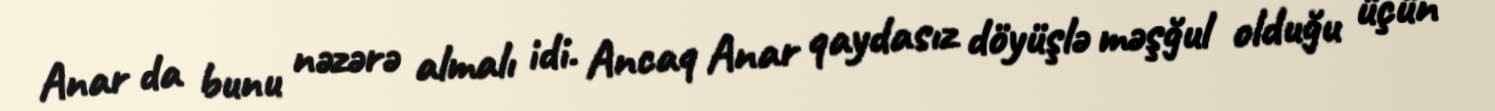
Anar da bunu nəzərə almalı idi. Ancaq Anar qaydasız döyüşlə məşğul olduğu üçün